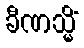
ခီဏသ္မိံ